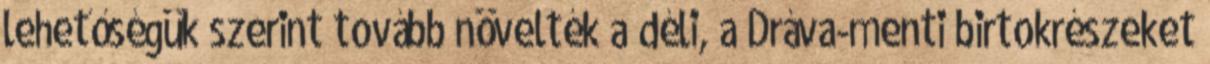
lehetőségük szerint tovább növelték a déli, a Dráva-menti birtokrészeket